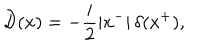
{ \cal D } ( x ) = - \frac { i } { 2 } | x ^ { - } | \, \delta ( x ^ { + } ) ,